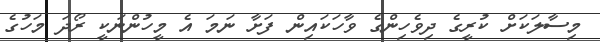
މިސާލަކަށް ކުރީގެ ދިވެހިންގެ ވާހަކައިން ފަށާ ނަމަ އެ މީހުންނަކީ ރޯދަ މަހުގެ